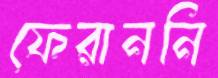
ফেরাননি